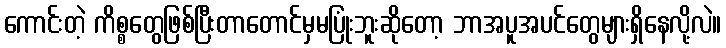
ကောင်းတဲ့ ကိစ္စတွေဖြစ်ပြီးတာတောင်မှမပြုံးဘူးဆိုတော့ ဘာအပူအပင်တွေများရှိနေလို့လဲ။